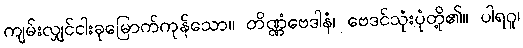
ကျမ်းလျှင်ငါးခုမြောက်ကုန်သော။ တိဏ္ဏံဗေဒါနံ၊ ဗေဒင်သုံးပုံတို့၏။ ပါရဂူ၊